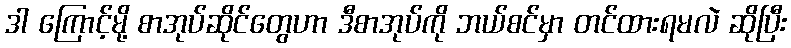
ဒါ ကြောင့်မို့ စာအုပ်ဆိုင်တွေဟာ ဒီစာအုပ်ကို ဘယ်စင်မှာ တင်ထားရမလဲ ဆိုပြီး